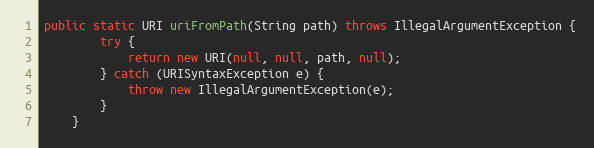
Language: Java
public static URI uriFromPath(String path) throws IllegalArgumentException {
        try {
            return new URI(null, null, path, null);
        } catch (URISyntaxException e) {
            throw new IllegalArgumentException(e);
        }
    }